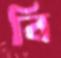
বি